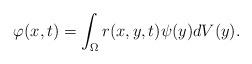
LaTeX: \begin{align*}\varphi (x,t)=\int_\Omega r(x,y,t)\psi (y)dV(y).\end{align*}